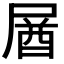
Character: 𡲚